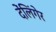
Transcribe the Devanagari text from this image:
देंलिंगेर